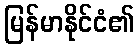
မြန်မာနိုင်ငံ၏